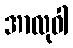
အာလုဝါ